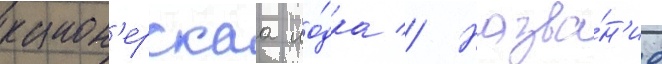
канон'ерскаа ло́дка // Назва́н'ие